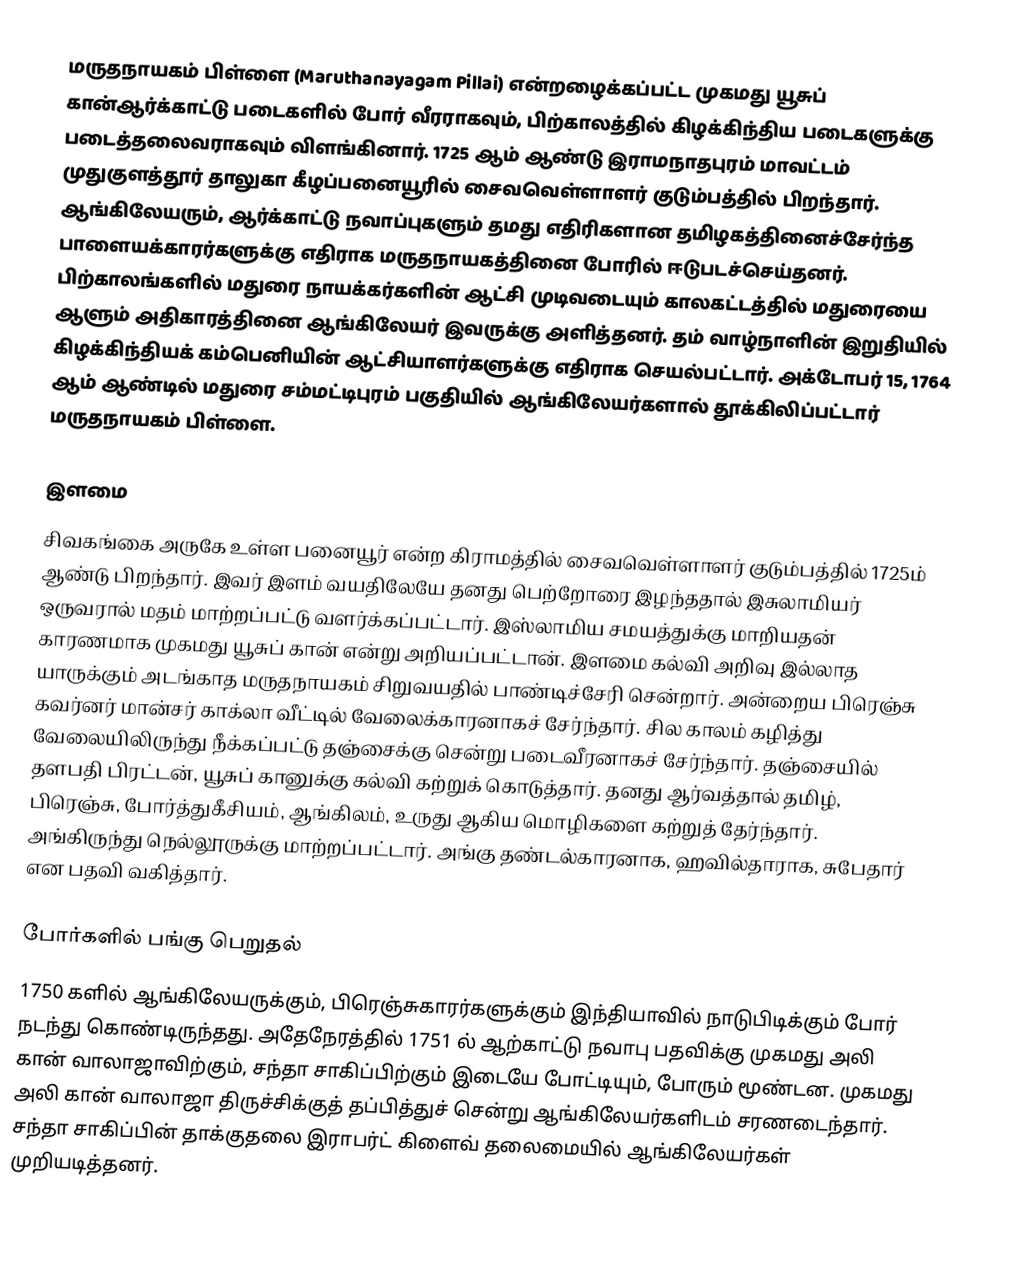
மருதநாயகம் பிள்ளை (Maruthanayagam Pillai)  என்றழைக்கப்பட்ட முகமது யூசுப் கான்ஆர்க்காட்டு படைகளில் போர் வீரராகவும், பிற்காலத்தில் கிழக்கிந்திய படைகளுக்கு படைத்தலைவராகவும் விளங்கினார். 1725 ஆம் ஆண்டு இராமநாதபுரம் மாவட்டம் முதுகுளத்தூர் தாலுகா கீழப்பனையூரில் சைவவெள்ளாளர்  குடும்பத்தில் பிறந்தார். ஆங்கிலேயரும், ஆர்க்காட்டு நவாப்புகளும் தமது எதிரிகளான தமிழகத்தினைச்சேர்ந்த  பாளையக்காரர்களுக்கு எதிராக மருதநாயகத்தினை போரில் ஈடுபடச்செய்தனர். பிற்காலங்களில் மதுரை நாயக்கர்களின் ஆட்சி முடிவடையும் காலகட்டத்தில் மதுரையை ஆளும் அதிகாரத்தினை ஆங்கிலேயர் இவருக்கு அளித்தனர். தம் வாழ்நாளின் இறுதியில் கிழக்கிந்தியக் கம்பெனியின்  ஆட்சியாளர்களுக்கு எதிராக செயல்பட்டார். அக்டோபர் 15, 1764 ஆம் ஆண்டில் மதுரை சம்மட்டிபுரம் பகுதியில் ஆங்கிலேயர்களால் தூக்கிலிப்பட்டார் மருதநாயகம் பிள்ளை.

இளமை
சிவகங்கை அருகே உள்ள பனையூர்  என்ற  கிராமத்தில் சைவவெள்ளாளர் குடும்பத்தில் 1725ம் ஆண்டு பிறந்தார். இவர் இளம் வயதிலேயே தனது பெற்றோரை இழந்ததால் இசுலாமியர் ஒருவரால் மதம் மாற்றப்பட்டு வளர்க்கப்பட்டார். இஸ்லாமிய சமயத்துக்கு மாறியதன் காரணமாக முகமது யூசுப் கான் என்று அறியப்பட்டான். இளமை கல்வி அறிவு இல்லாத யாருக்கும் அடங்காத மருதநாயகம் சிறுவயதில் பாண்டிச்சேரி சென்றார். அன்றைய பிரெஞ்சு கவர்னர் மான்சர் காக்லா வீட்டில் வேலைக்காரனாகச் சேர்ந்தார். சில காலம் கழித்து வேலையிலிருந்து நீக்கப்பட்டு தஞ்சைக்கு சென்று படைவீரனாகச் சேர்ந்தார். தஞ்சையில் தளபதி பிரட்டன், யூசுப் கானுக்கு கல்வி கற்றுக் கொடுத்தார். தனது ஆர்வத்தால் தமிழ், பிரெஞ்சு, போர்த்துகீசியம், ஆங்கிலம், உருது ஆகிய மொழிகளை கற்றுத் தேர்ந்தார். அங்கிருந்து நெல்லூருக்கு மாற்றப்பட்டார். அங்கு தண்டல்காரனாக, ஹவில்தாராக, சுபேதார் என பதவி வகித்தார்.

போர்களில் பங்கு பெறுதல்
1750 களில் ஆங்கிலேயருக்கும், பிரெஞ்சுகாரர்களுக்கும் இந்தியாவில் நாடுபிடிக்கும் போர் நடந்து கொண்டிருந்தது. அதேநேரத்தில் 1751 ல் ஆற்காட்டு நவாபு பதவிக்கு முகமது அலி கான் வாலாஜாவிற்கும், சந்தா சாகிப்பிற்கும் இடையே போட்டியும், போரும் மூண்டன. முகமது அலி கான் வாலாஜா திருச்சிக்குத் தப்பித்துச் சென்று ஆங்கிலேயர்களிடம் சரணடைந்தார். சந்தா சாகிப்பின் தாக்குதலை இராபர்ட் கிளைவ் தலைமையில் ஆங்கிலேயர்கள் முறியடித்தனர்.